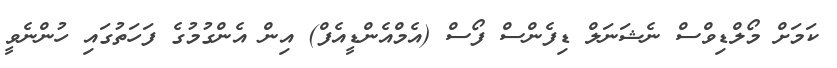
ކަމަށް މޯލްޑިވްސް ނެޝަނަލް ޑިފެންސް ފޯސް (އެމްއެންޑީއެފް) އިން އެންގުމުގެ ފަހަތުގައި ހުންނެވީ